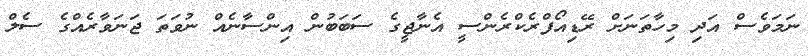
ނަމަވެސް އަދި މިހާތަނަށް ރޭޑިއޯފްރެކްރެންސީ އެނާޖީގެ ސަބަބުން އިންސާނެއް ނުވަތަ ޖަނަވާރެއްގެ ސެލް